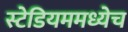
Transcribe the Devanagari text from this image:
स्टेडियममध्येच